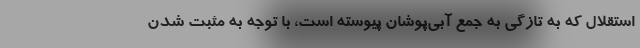
استقلال که به تازگی به جمع آبی‌پوشان پیوسته است، با توجه به مثبت شدن